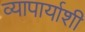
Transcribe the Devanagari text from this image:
व्यापार्याशी